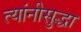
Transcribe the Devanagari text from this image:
त्यांनीसुद्धा